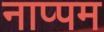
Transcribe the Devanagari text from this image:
नाप्पम